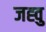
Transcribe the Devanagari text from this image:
जह्वु